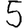
Digit: 5